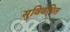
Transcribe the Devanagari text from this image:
सुविवेचित